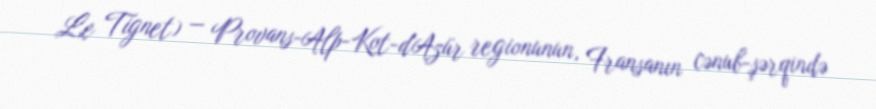
Le Tignet) — Provans-Alp-Kot-d'Azür regionunun, Fransanın cənub-şərqində